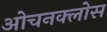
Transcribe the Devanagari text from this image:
ओचनक्लोस